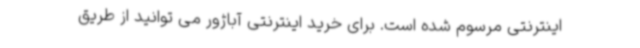
اینترنتی مرسوم شده است. برای خرید اینترنتی آباژور می توانید از طریق